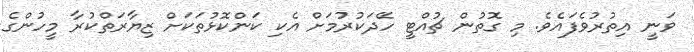
ވަނީ އިތުރުވެފައެވެ. މި ގޮތުން ޗުއްޓީ ހޭދަކުރުމަށް އެކި ކަންކޮޅުތަކަށް ޒިޔާރަތްކުރާ މީހުންގެ